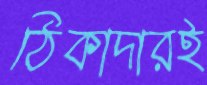
ঠিকাদারই